Statistical return of the lunatic asylum in Assam - 1912-1932
Year: 1912
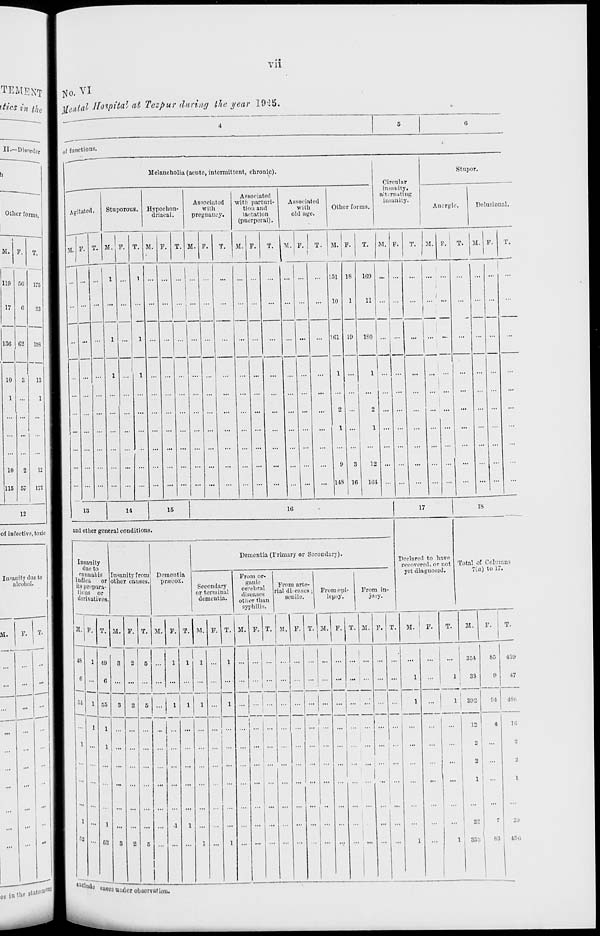
Vll
TEMENT I No. VI
»#« «« Me 1 M<» lial H'W** 7 ' at Tez P ur <htri "'3 th: y ear 19 ' 5 '
II.—Disorder
I of functions.
h
Melancholia (acute, intermittent, chronic).
Stupor.
C ireular
isanity,
crnatiug
isanity.
.
—
Other forms.
|
Agitated.
Stu r
Associated
orous.
Hypoelion-
with
driacal.
pregnancy.
Associated |
with parturi-
Asso(
tion and
w:
lactation
old
(puerperal).
n
alt
lated
ii
th
Other forms,
igc.
Ancrgic.
Delusional.
1
P. T. M. F. T. M. F.
T.
T.
M. F.
\
1 T. M. F
1
T.
M. F.
T. M. F.
T. M. F.
i
M. F. T .
i M. F. T - M -
M. F.
T,
__
1
:—'
—
1
(
I
1
1
110 f>0 175
11
*
...
i
...
...
... 151 18
169 ...
17
1
1
G
23
i
- |- -j
...
...
10
1
11 ...
I —
|
136 j
1
62 IDS i
l
1
i
... 161 19
ISO ...
1
■ ■
'■
i
10
3 13 I
l ...
1
...
1
1 ..
1
1
S
S i"'
...
...
2
1
2
1 .
...
10
2
12 S
...
9
3
12 .
...
115 57 172 S
"•
...
US 16
164
1 • • '
12
I
14
15
10
17
IS
conditions.
Declared to have
recovered, or not Ti
yet diagnosed.
1
of inf ective, toxic 1
and other general
Dementia (Primary or Secondary).
m
B
Insanity
tal of Columns
7(.a) to 17.
In-a
a
litydaeto
S
/iimuibis fa (
■
Us pri'para-
M
'ions or
1
derivatives.
anityfrom Dementia
er causes'.
pnueox.
Secondary
or terminal
dementia.
Fro
g
cei
die
oth
syj
m or
inic
ebru
easei
>rth
>hlli(
I
From art
! rial dieax
an
Benile
(>-
es; From epi-
lepsy.
From in
jury.
si. 1 F. T. ■ M ' F - T. M . F. T. M. F. T. M. F. T. M. F. T. M. F. T. M. F. T. M. P. T. M. ' F. T. M. F. 1 T.
1
.•• 1
48
1 40 C
1
1
2
5 ...
1
1
1 ...
1
|
...
1
364
85
•139
... 1
- e ..
••• ;
1
... 1 1 33 9 •17
1
c — —
5
2
6 ...
1
1
1 ...
1
^
j
1
...|
,| 892
04
... I
M
1 55
I
486
...
... ■ •• I - * 1 .
. . . . - 1
■
•• •
. . . - ■
1
1
1
1
1
...
1
... , ... ...
i
... | ... | ...
i
1
1
12
4
_
3
...
1
22
~
16
1
20
...
•" ■
- 52 3 2 5
1 ...
1
i
1
1
353
83
i".
es in the state
,,,]fnt I
cases under observation.